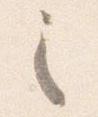
之